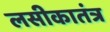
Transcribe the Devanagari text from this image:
लसीकातंत्र